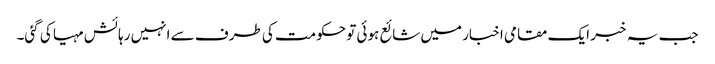
جب یہ خبر ایک مقامی اخبار میں شائع ہوئی تو حکومت کی طرف سے انہیں رہائش مہیا کی گئی۔